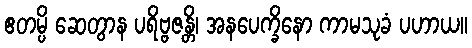
ဧတမ္ပိ ဆေတွာန ပရိဗ္ဗဇန္တိ၊ အနပေက္ခိနော ကာမသုခံ ပဟာယ။